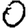
Digit: 0